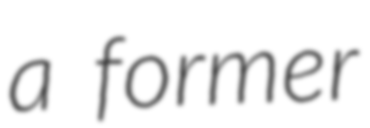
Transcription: a former